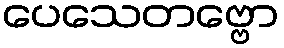
ပေသေတဗ္ဗော